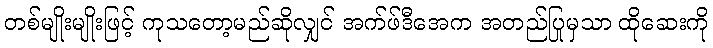
တစ်မျိုးမျိုးဖြင့် ကုသတော့မည်ဆိုလျှင် အက်ဖ်ဒီအေက အတည်ပြုမှသာ ထိုဆေးကို